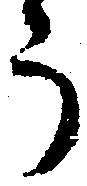
う